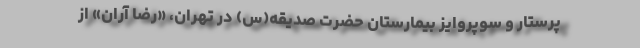
پرستار و سوپروایز بیمارستان حضرت صدیقه(س) در تهران، «رضا آران» از